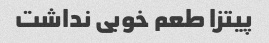
پیتزا طعم خوبی نداشت